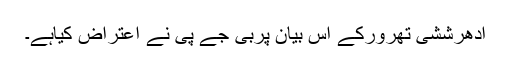
ادھرششی تھرورکے اس بیان پربی جے پی نے اعتراض کیاہے۔